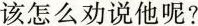
该怎么劝说他呢?